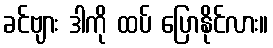
ခင်ဗျား ဒါကို ထပ် ပြောနိုင်လား။